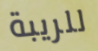
للريبة